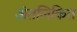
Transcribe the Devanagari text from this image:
अंतलिकित